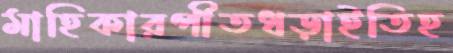
মাহিকারপীতধড়াইতিহ